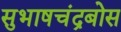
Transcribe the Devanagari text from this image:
सुभाषचंद्रबोस